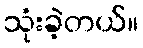
သုံးခဲ့တယ်။